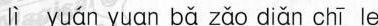
lì yuán yuαn bǎ zǎo diǎn chī le